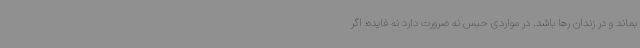
بماند و در زندان رها باشد. در مواردی حبس نه ضرورت دارد نه فایده؛ اگر